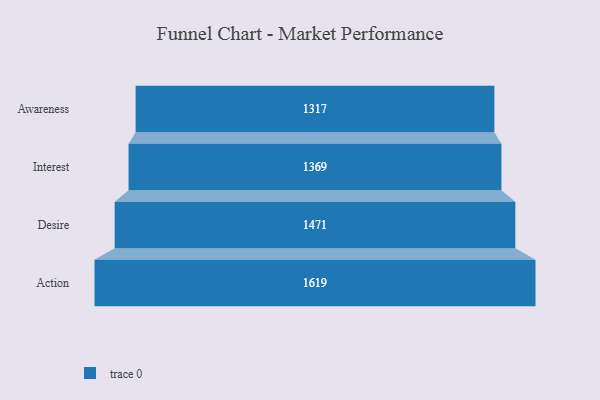
{"axis": {"x": "Stage", "y": "Value"}, "legend": [""], "data": [{"x": "Awareness", "y": 1317.0, "type": ""}, {"x": "Interest", "y": 1369.0, "type": ""}, {"x": "Desire", "y": 1471.0, "type": ""}, {"x": "Action", "y": 1619.0, "type": ""}]}